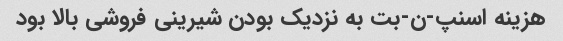
هزینه اسنپ-ن-بت به نزدیک بودن شیرینى فروشی بالا بود